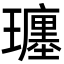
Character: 𤪮